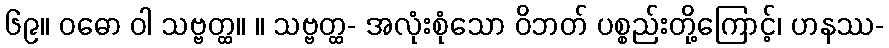
၆၉။ ဝဓော ဝါ သဗ္ဗတ္ထ။ ။ သဗ္ဗတ္ထ- အလုံးစုံသော ဝိဘတ် ပစ္စည်းတို့ကြောင့်၊ ဟနဿ-